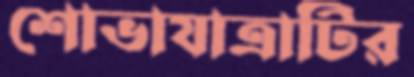
শোভাযাত্রাটির